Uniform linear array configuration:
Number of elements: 8
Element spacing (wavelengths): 0.25
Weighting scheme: kaiser
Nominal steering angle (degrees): -15
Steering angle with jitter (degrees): -15.256
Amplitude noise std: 0.05
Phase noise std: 0.05

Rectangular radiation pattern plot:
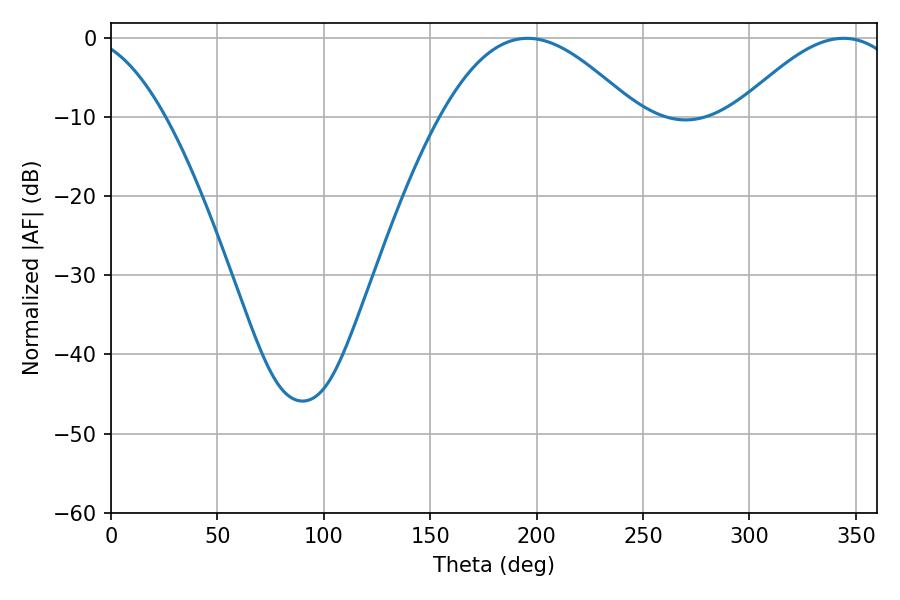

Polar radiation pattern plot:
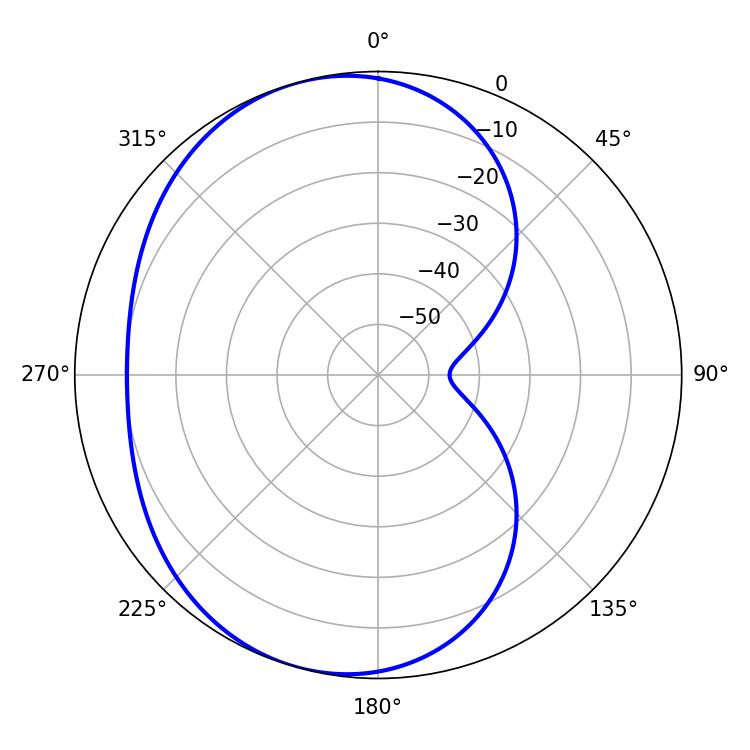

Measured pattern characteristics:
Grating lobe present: FALSE
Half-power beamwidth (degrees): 49.5
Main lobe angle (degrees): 195.84